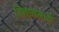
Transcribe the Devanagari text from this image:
मिलानमध्ये